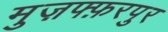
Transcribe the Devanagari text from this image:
मुज़फ्फ़रपुर